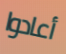
أعادوا